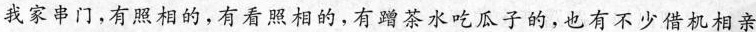
我家串门,有照相的,有看照相的，有蹭茶水吃瓜子的，也有不少借机相亲